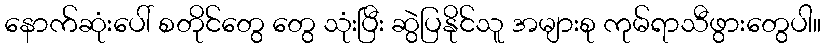
နောက်ဆုံးပေါ် စတိုင်တွေ တွေ သုံးပြီး ဆွဲပြနိုင်သူ အများစု ကုမ်ရာသီဖွားတွေပါ။